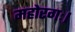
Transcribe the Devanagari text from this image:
महोरगः।